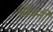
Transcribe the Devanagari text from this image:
श्रीवनी